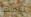
نومها